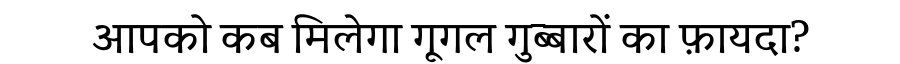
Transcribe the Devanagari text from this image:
आपको कब मिलेगा गूगल गुब्बारों का फ़ायदा?